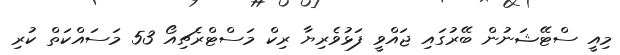
މިއީ ސްޓޭޝަނުން ބޭރުގައި ޖައްވީ ފަޅުވެރިޔާ ރިކް މަސްޓްރެޗިއޯ 53 މަސައްކަތް ކުރި